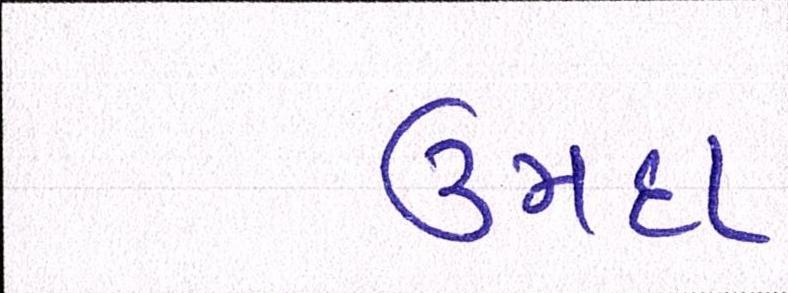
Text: ઉમદા